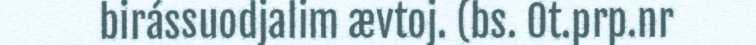
birássuodjalim ævtoj. (bs. Ot.prp.nr